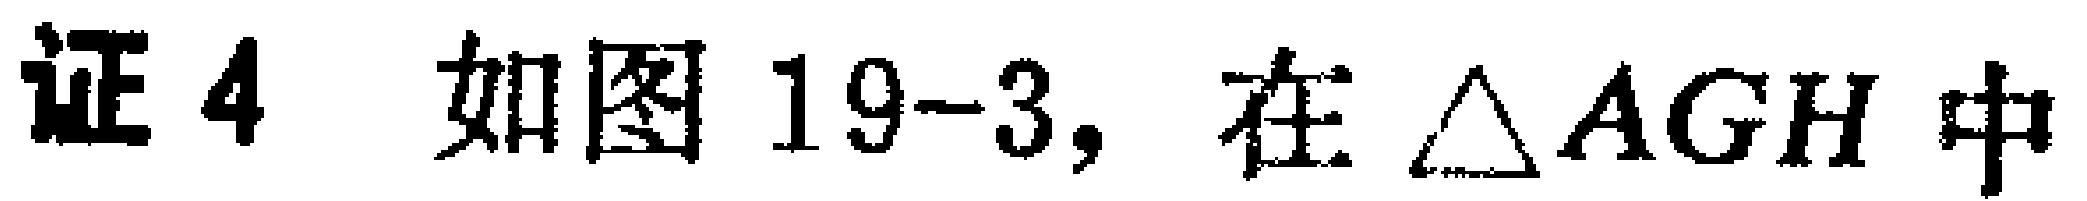
证4 如图19-3，在\(\triangle AGH\)中